Scottish Certificate of Education, 1963
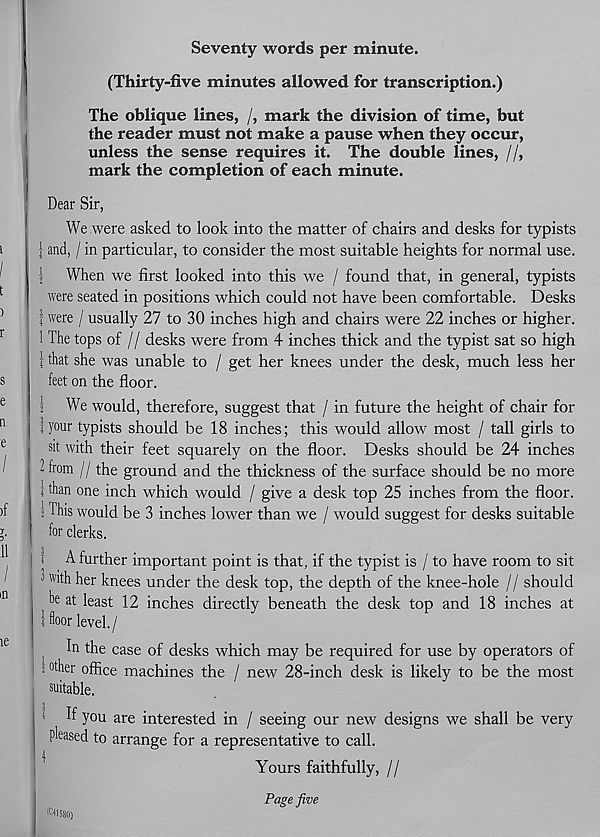
Seventy words per minute.
(Thirty-five minutes allowed for transcription.)
The oblique lines, /, mark the division of time, but
the reader must not make a pause when they occur,
unless the sense requires it. The double lines, //,
mark the completion of each minute.
Dear Sir,
We were asked to look into the matter of chairs and desks for typists
i and, / in particular, to consider the most suitable heights for normal use.
| When we first looked into this we / found that, in general, typists
were seated in positions which could not have been comfortable. Desks
I were / usually 27 to 30 inches high and chairs were 22 inches or higher.
1 The tops of // desks were from 4 inches thick and the typist sat so high
i that she was unable to / get her knees under the desk, much less her
feet on the floor.
1 We would, therefore, suggest that / in future the height of chair for
j i your typists should be 18 inches; this would allow most / tall girls to
sit with their feet squarely on the floor. Desks should be 24 inches
2 from I) the ground and the thickness of the surface should be no more
i than one inch which would / give a desk top 25 inches from the floor.
> This would be 3 inches lower than we / would suggest for desks suitable
for clerks.
* A further important point is that, if the typist is / to have room to sit
" w ' t h her knees under the desk top, the depth of the knee-hole // should
be at least 12 inches directly beneath the desk top and 18 inches at
i floor level./
In the case of desks which may be required for use by operators of
5 ot h er office machines the / new 28-inch desk is likely to be the most
suitable.
1
h' you are interested in / seeing our new designs we shall be very
pleased to arrange for a representative to call.
Yours faithfully, //
Pape five
Kosso)